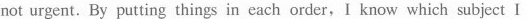
not urgent. By putting things in each order,I know which subject I